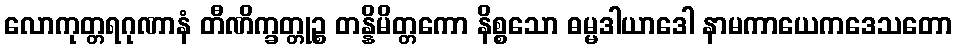
လောကုတ္တရဂုဏာနံ တီဏိက္ခတ္တုဉ္စ တန္နိမိတ္တကော နိစ္စသော ဓမ္မဒါယာဒေါ နာမကာယေကဒေသတော